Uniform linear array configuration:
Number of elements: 32
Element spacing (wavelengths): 0.5
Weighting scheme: hann
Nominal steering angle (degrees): -30
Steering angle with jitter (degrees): -29.507
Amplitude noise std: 0.05
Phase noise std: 0.05

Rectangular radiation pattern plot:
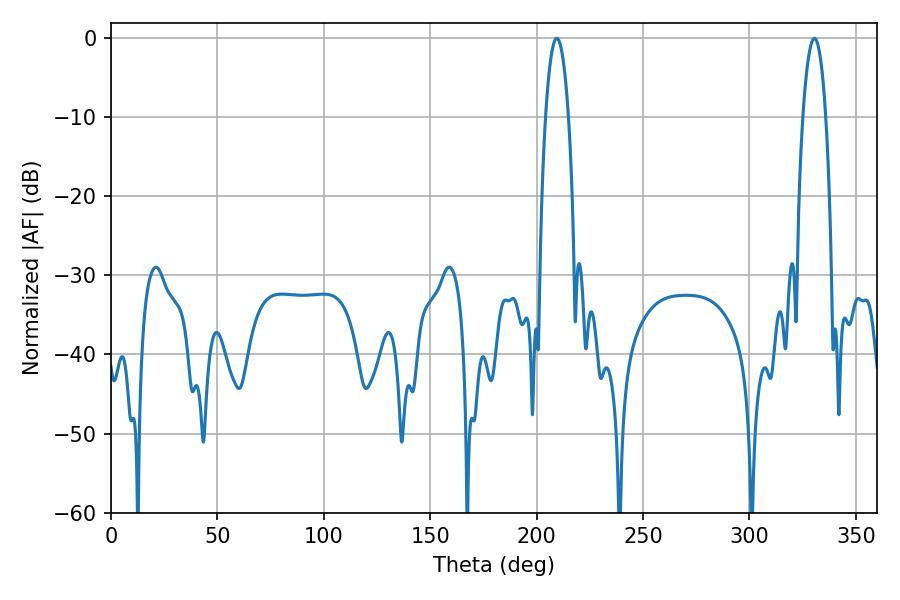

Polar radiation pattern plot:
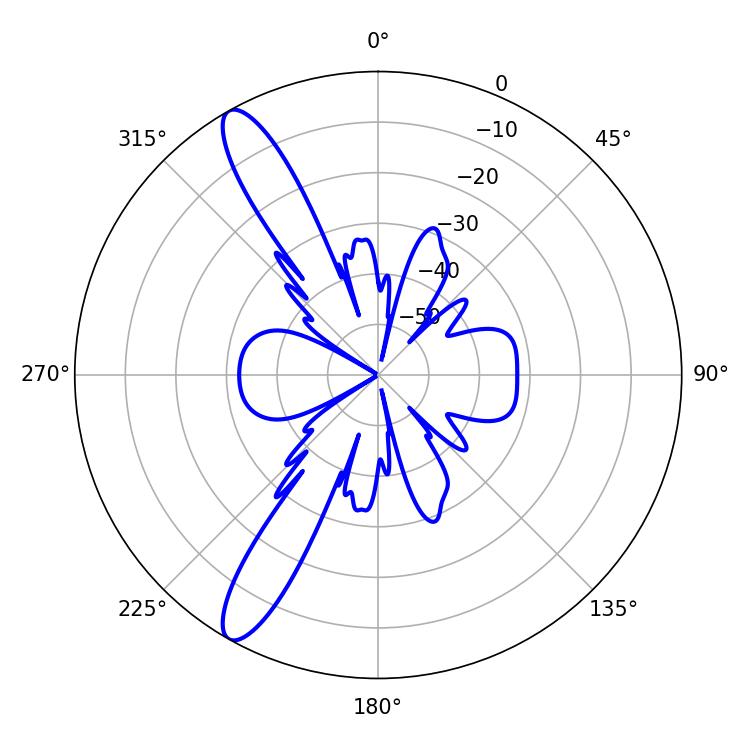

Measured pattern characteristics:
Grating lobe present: FALSE
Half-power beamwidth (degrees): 6.12
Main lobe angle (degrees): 330.48